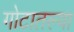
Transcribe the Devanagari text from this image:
गोटातल्या